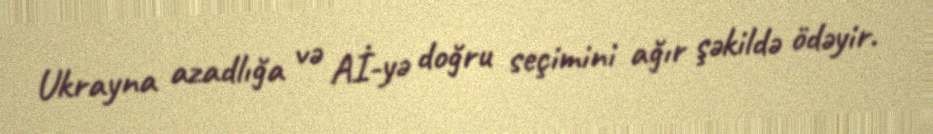
Ukrayna azadlığa və Aİ-yə doğru seçimini ağır şəkildə ödəyir.